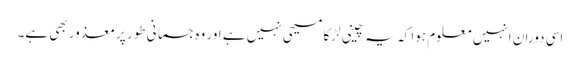
اسی دوران انہیں معلوم ہوا کہ یہ چینی لڑکا مسیحی نہیں ہے اور وہ جسمانی طور پر معذور بھی ہے۔